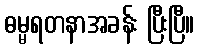
ဓမ္မရတနာအခန်း ပြီးပြီ။